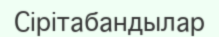
Сірітабандылар